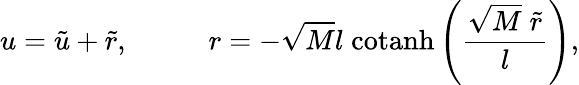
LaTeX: u=\tilde{u}+\tilde{r},\; \; \; \; \; \; \; \; \; \; r=-\sqrt{M}l\; \mathrm{cotanh}\left(\frac{\sqrt{M}\; \tilde{r}}{l}\right),